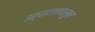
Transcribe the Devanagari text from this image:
उत्पादनापासुन